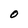
Character: O